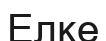
Елке